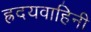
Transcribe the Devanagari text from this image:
ह्रदयवाहिनी